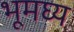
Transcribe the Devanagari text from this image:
भूमघ्य